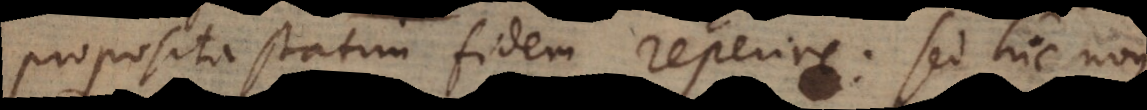
proposita statim fidem reperire: sed hic non